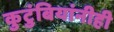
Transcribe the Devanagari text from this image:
कुटुंबियांनीही